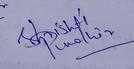
Signature authenticity: genuine